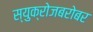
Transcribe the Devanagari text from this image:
स्युक्रोजबरोबर